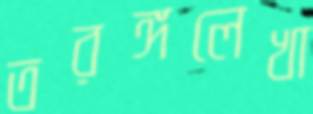
তরঙ্গলেখা